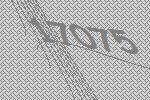
17075